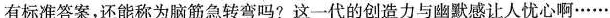
有标准答案，还能称为脑筋急转弯吗?这一代的创造力与幽默感让人忧心啊······